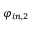
\varphi _ { i n , 2 }